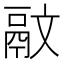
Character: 䰚